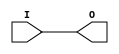
// $Header: /devl/xcs/repo/env/Databases/CAEInterfaces/verunilibs/data/unisims/IBUFG_LVCMOS12.v,v 1.6 2007/05/23 21:43:34 patrickp Exp $
///////////////////////////////////////////////////////////////////////////////
// Copyright (c) 1995/2004 Xilinx, Inc.
// All Right Reserved.
///////////////////////////////////////////////////////////////////////////////
//   ____  ____
//  /   /\/   /
// /___/  \  /    Vendor : Xilinx
// \   \   \/     Version : 10.1
//  \   \         Description : Xilinx Functional Simulation Library Component
//  /   /                  Input Clock Buffer with LVCMOS12 I/O Standard
// /___/   /\     Filename : IBUFG_LVCMOS12.v
// \   \  /  \    Timestamp : Thu Mar 25 16:42:28 PST 2004
//  \___\/\___\
//
// Revision:
//    03/23/04 - Initial version.
//    05/23/07 - Changed timescale to 1 ps / 1 ps.

`timescale  1 ps / 1 ps


module IBUFG_LVCMOS12 (O, I);

    output O;

    input  I;

	buf B1 (O, I);


endmodule